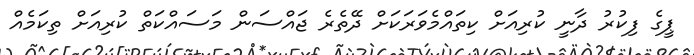
ޕީގެ ފިކުރު ދާނީ ކުރިއަށް ކިތައްމެވަރަކަށް ދޭތެރެ ޖައްސަން މަސައްކަތް ކުރިއަށް ތިކަމެއް